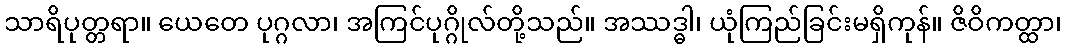
သာရိပုတ္တရာ။ ယေတေ ပုဂ္ဂလာ၊ အကြင်ပုဂ္ဂိုလ်တို့သည်။ အဿဒ္ဓါ၊ ယုံကြည်ခြင်းမရှိကုန်။ ဇိဝိကတ္ထာ၊